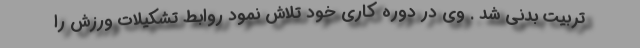
تربیت بدنی شد . وی در دوره کاری خود تلاش نمود روابط تشکیلات ورزش را